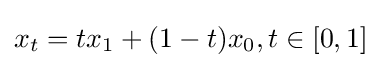
x_{t}=tx_{1}+(1-t)x_{0},t\in [0,1]